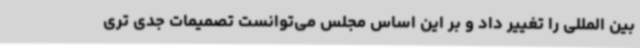
بین المللی را تغییر داد و بر این اساس مجلس می‌توانست تصمیمات جدی تری